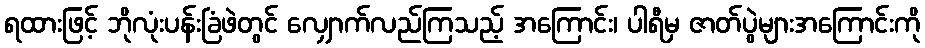
ရထားဖြင့် ဘိုလုံးပန်းခြံဖဲတွင် လျှောက်လည်ကြသည့် အကြောင်း၊ ပါရီမှ ဇာတ်ပွဲများအကြောင်းကို